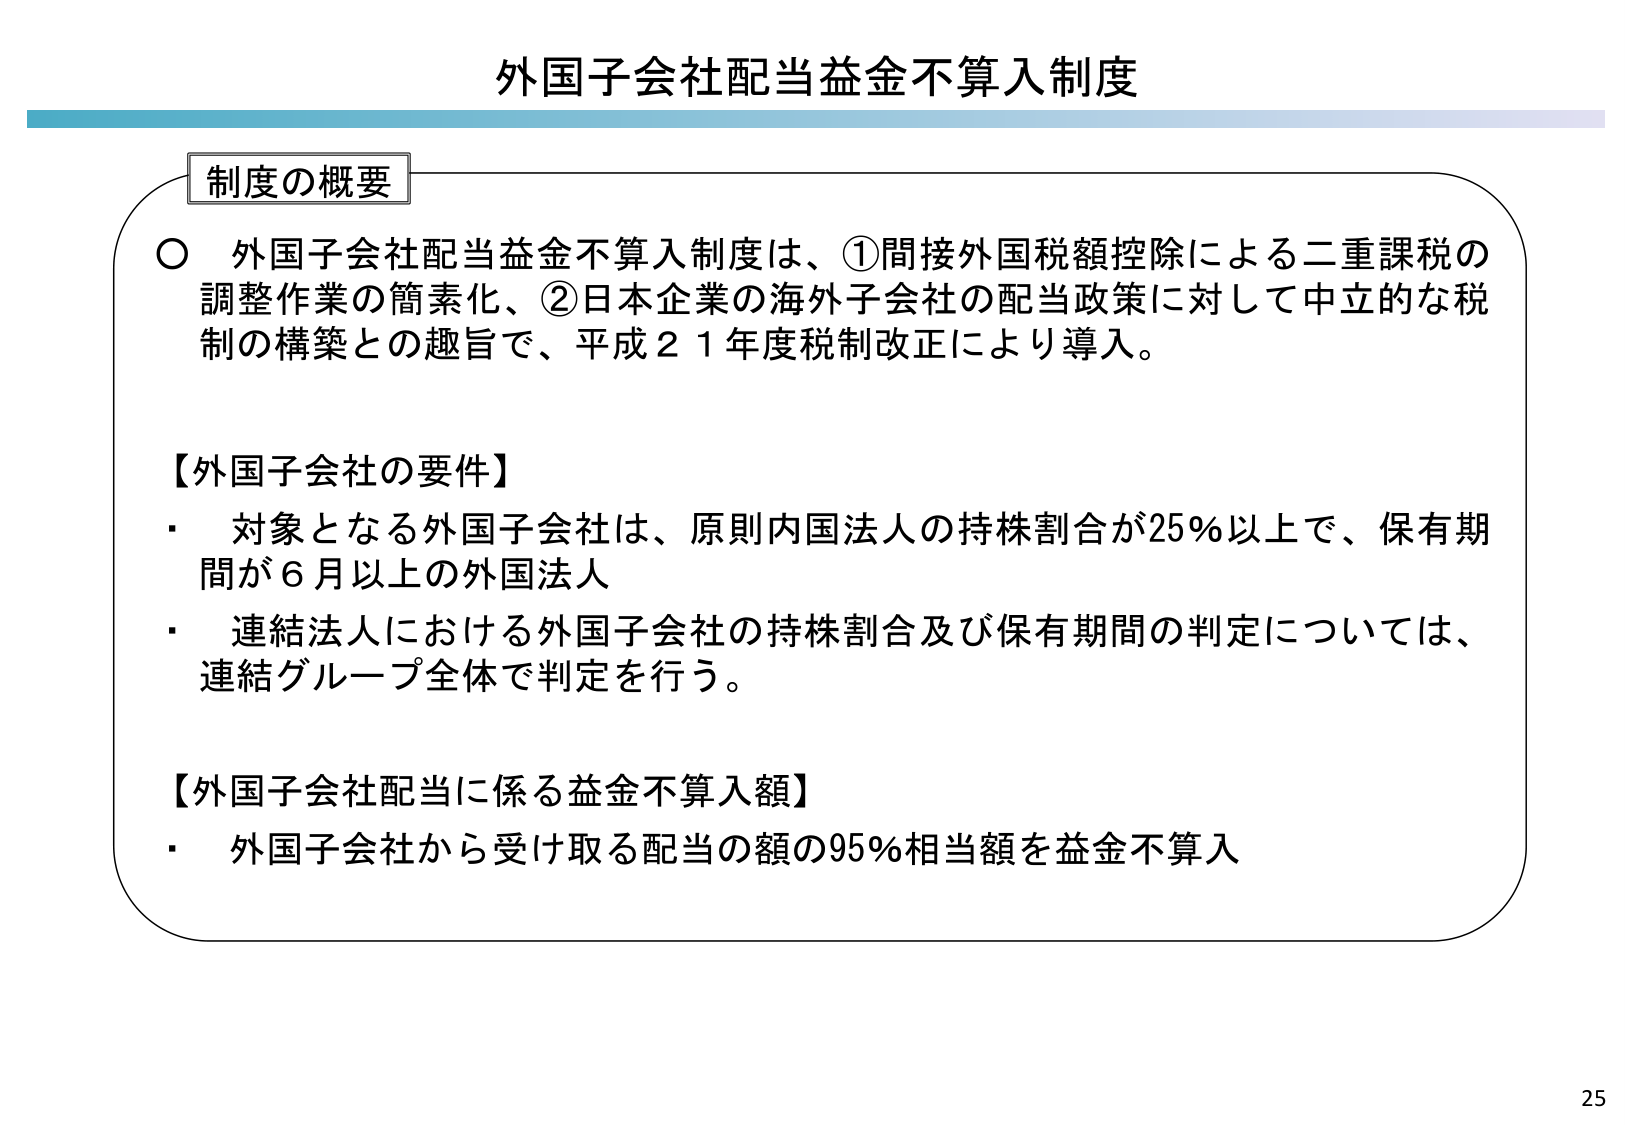
外国子会社配当益金不算入制度

制度の概要

○ 外国子会社配当益金不算入制度は、①間接外国税額控除による二重課税の調整作業の簡素化、②日本企業の海外子会社の配当政策に対して中立的な税制の構築との趣旨で、平成21年度税制改正により導入。

【外国子会社の要件】
・ 対象となる外国子会社は、原則内国法人の持株割合が25％以上で、保有期間が6月以上の外国法人
・ 連結法人における外国子会社の持株割合及び保有期間の判定については、連結グループ全体で判定を行う。

【外国子会社配当に係る益金不算入額】
・ 外国子会社から受け取る配当の額の95％相当額を益金不算入

25